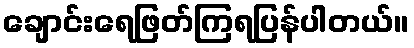
ချောင်းရေဖြတ်ကြရပြန်ပါတယ်။